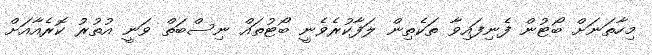
މިހާތަނަށް ބޯޓުން ފެނިފައިވާ ތަކެތިން ލަފާކުރެވެނީ ބޯޓުތައް ނިސްބަތް ވަނީ އުތުރު ކޮރެއާއަށް